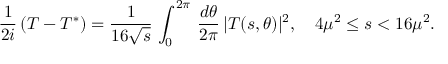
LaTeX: { \frac { 1 } { 2 i } } \, ( T - T ^ { * } ) = { \frac { 1 } { 1 6 \sqrt { s } } } \, \int _ { 0 } ^ { 2 \pi } \, { \frac { d \theta } { 2 \pi } } \, | T ( s , \theta ) | ^ { 2 } , \quad 4 \mu ^ { 2 } \le s < 1 6 \mu ^ { 2 } .